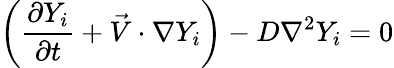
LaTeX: \left(\frac{\partial Y_{i}}{\partial t}+\vec{V}\cdot\nabla Y_{i}\right)-D\nabla^{2}Y_{i}=0